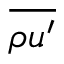
\overline { { \rho u ^ { \prime } } }